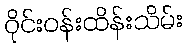
ဝိုင်းဝန်းထိန်းသိမ်း